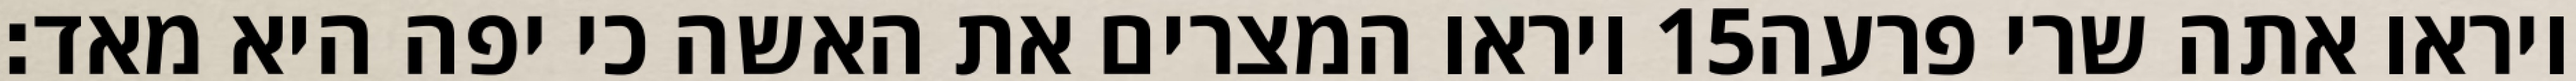
ויראו המצרים את האשה כי יפה היא מאד׃ ‎15‏ ויראו אתה שרי פרעה